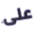
على